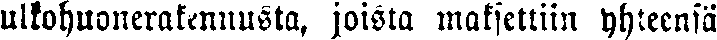
ulkohuonerakennusta, joista maksettiin yhteensä